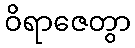
ဝိရာဇေတွာ